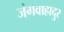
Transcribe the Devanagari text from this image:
जंगवाहादुर